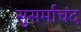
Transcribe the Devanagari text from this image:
सुसर्माचंद